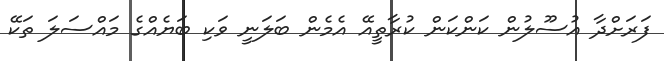
ފަރަށްދާ އުސޫލުން ކަންކަން ކުރާތީއޭ އެމެން ބަލަނީ ވަކި ބަޔެއްގެ މައްސަލަ ތަކޭ